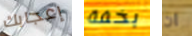
إعجابك بخفة ان